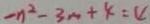
- n ^ { 2 } - 3 m + 4 = 4